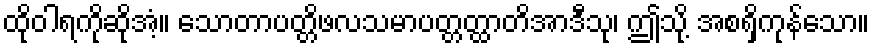
ထိုဝါရကိုဆိုအံ့။ သောတာပတ္တိဖလသမာပတ္တတ္ထာတိအာဒီသု၊ ဤသို့ အစရှိကုန်သော။